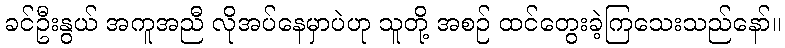
ခင်ဦးနွယ် အကူအညီ လိုအပ်နေမှာပဲဟု သူတို့ အစဉ် ထင်တွေးခဲ့ကြသေးသည်နော်။